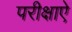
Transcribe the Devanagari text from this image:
परीक्षाऐं